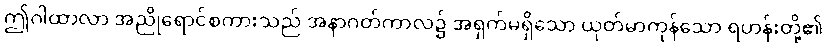
ဤဂါထာလာ အညိုရောင်စကားသည် အနာဂတ်ကာလ၌ အရှက်မရှိသော ယုတ်မာကုန်သော ရဟန်းတို့၏